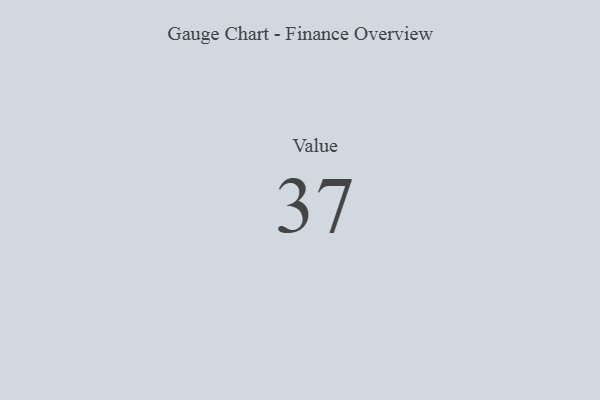
{"axis": {"x": "Metric", "y": "Value"}, "legend": [""], "data": [{"x": "Value", "y": 37, "type": ""}]}